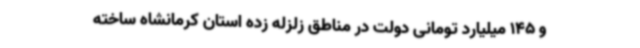
و 145 میلیارد تومانی دولت در مناطق زلزله زده استان کرمانشاه ساخته